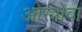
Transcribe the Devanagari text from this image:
ओस्त्रोवा